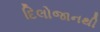
દિલોજાનથી